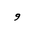
Letter: _waw